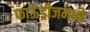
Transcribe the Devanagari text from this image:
फाऊंड्रीजमध्ये